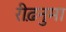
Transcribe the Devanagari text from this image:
रीढ़नुमा